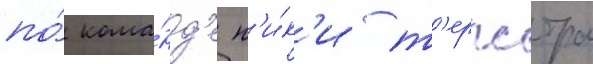
по́ кома́нд'е н'и́к'и т'ерпстра